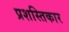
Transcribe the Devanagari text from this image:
प्रशस्तिकार